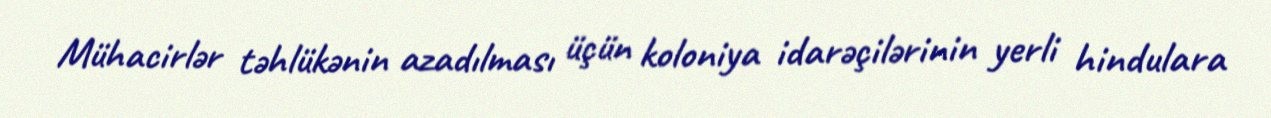
Mühacirlər təhlükənin azadılması üçün koloniya idarəçilərinin yerli hindulara